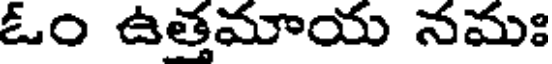
ఓం ఉత్తమాయ నమః